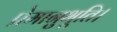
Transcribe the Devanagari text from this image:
प्रेमानुभूति।